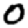
Digit: 0